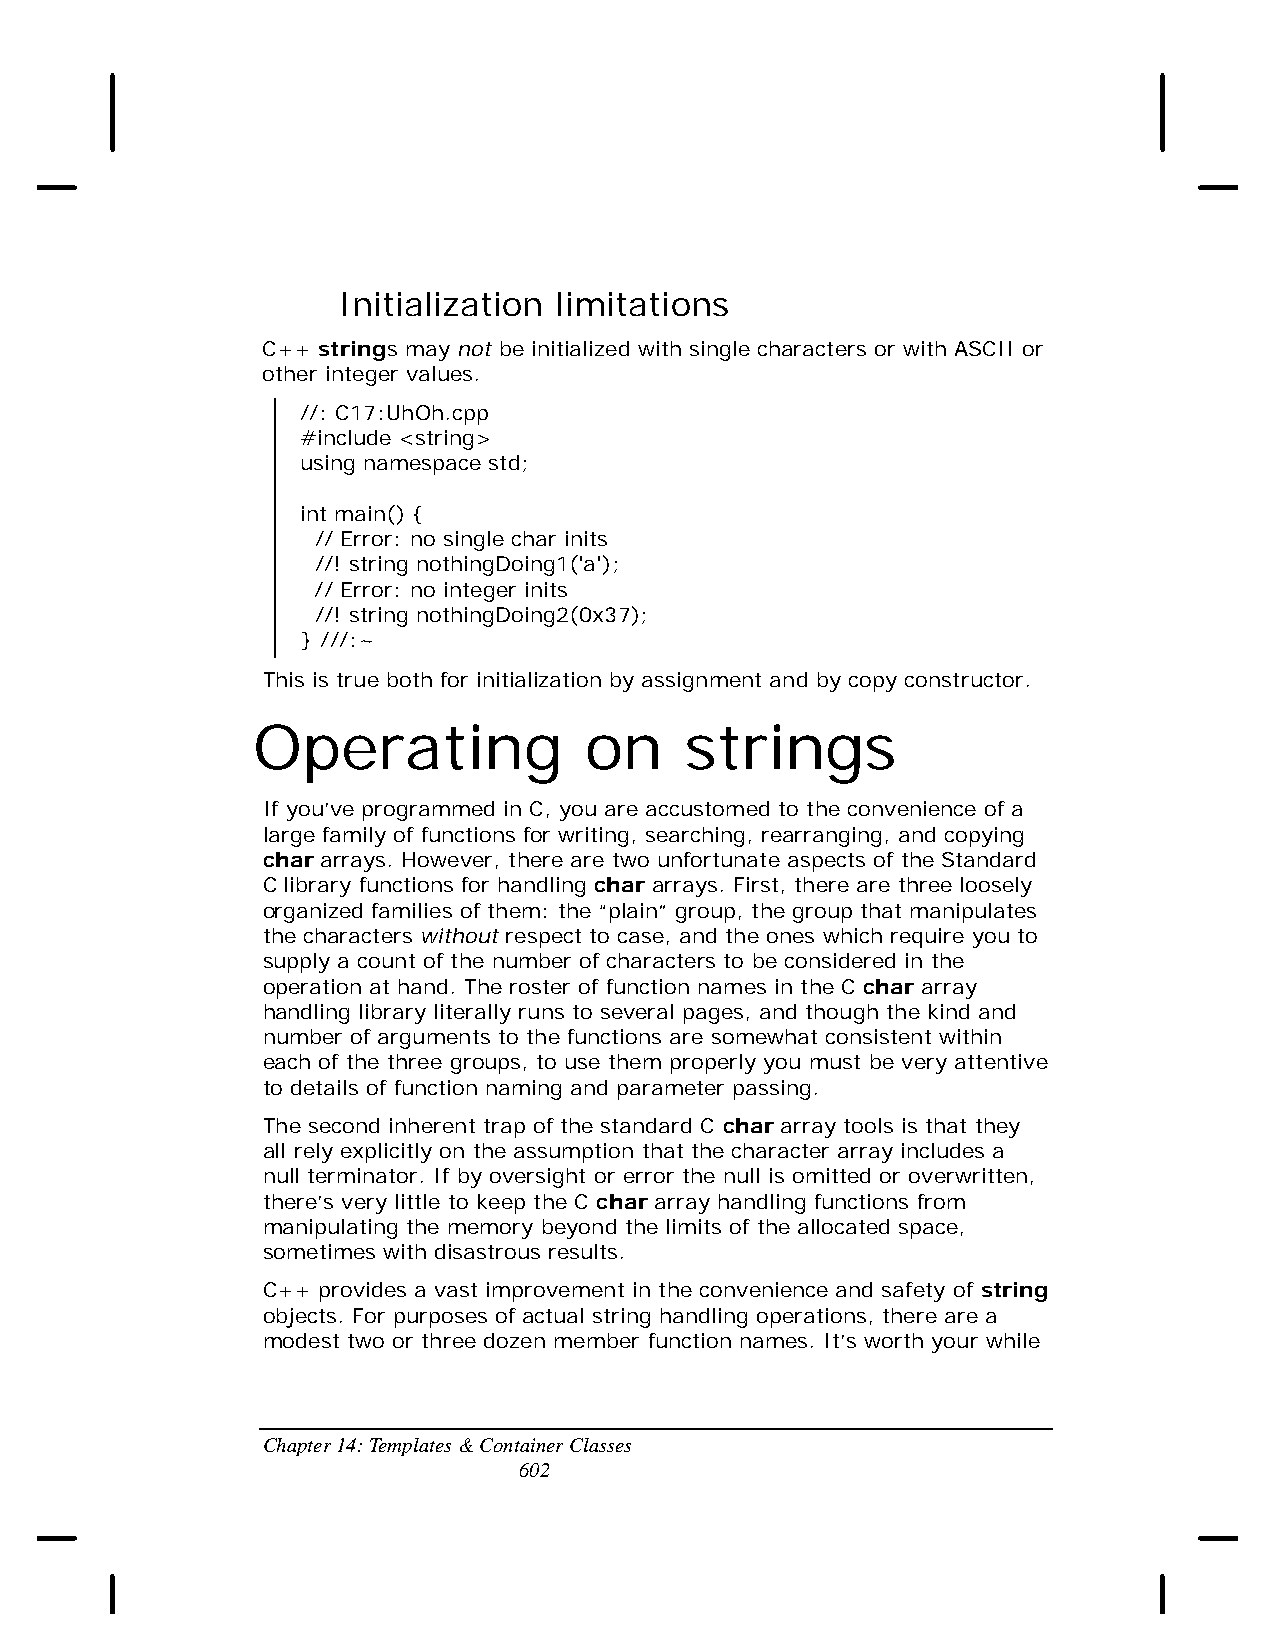
Initialization limitations
 C++ strings may not be initialized with single characters or with ASCII or
 other integer values.
 //: C17:UhOh.cpp
 #include <string>
 using namespace std;
 int main() {
 // Error: no single char inits
 //! string nothingDoing1('a');
 // Error: no integer inits
 //! string nothingDoing2(0x37);
 } ///:~
 This is true both for initialization by assignment and by copy constructor.
 Operating             on    strings
 If you’ve programmed in C, you are accustomed to the convenience of a
 large family of functions for writing, searching, rearranging, and copying
 char arrays. However, there are two unfortunate aspects of the Standard
 C library functions for handling char arrays. First, there are three loosely
 organized families of them: the “plain” group, the group that manipulates
 the characters without respect to case, and the ones which require you to
 supply a count of the number of characters to be considered in the
 operation at hand. The roster of function names in the C char array
 handling library literally runs to several pages, and though the kind and
 number of arguments to the functions are somewhat consistent within
 each of the three groups, to use them properly you must be very attentive
 to details of function naming and parameter passing.
 The second inherent trap of the standard C char array tools is that they
 all rely explicitly on the assumption that the character array includes a
 null terminator. If by oversight or error the null is omitted or overwritten,
 there’s very little to keep the C char array handling functions from
 manipulating the memory beyond the limits of the allocated space,
 sometimes with disastrous results.
 C++ provides a vast improvement in the convenience and safety of string
 objects. For purposes of actual string handling operations, there are a
 modest two or three dozen member function names. It’s worth your while
 Chapter 14: Templates & Container Classes
 602